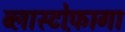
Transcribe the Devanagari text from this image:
ब्लास्टोफ़ागा